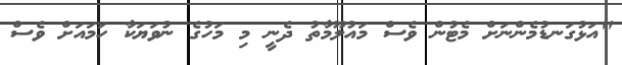
"އަޅުގަނޑުމެންނަށް މެޓުން ވެސް މައުލޫމާތު ދެނީ މި މަހުގެ ނުވަޔަކާ ހަމައަށް ވެސް